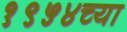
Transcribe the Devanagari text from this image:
१९५४च्या